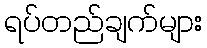
ရပ်တည်ချက်များ